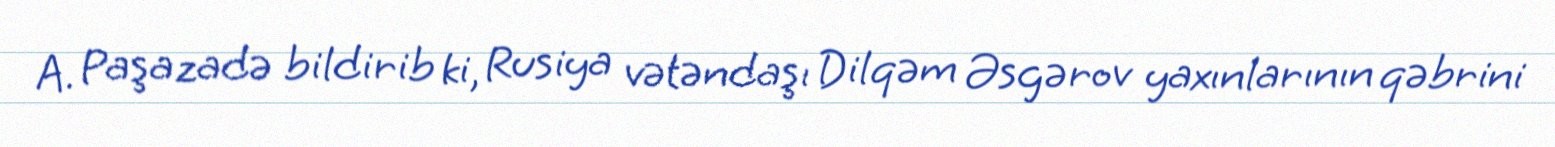
A. Paşazadə bildirib ki, Rusiya vətəndaşı Dilqəm Əsgərov yaxınlarının qəbrini